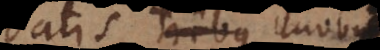
Datis tribus duobus